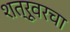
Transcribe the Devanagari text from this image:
शत्रूवरचा